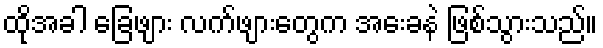
ထိုအခါ ခြေဖျား လက်ဖျားတွေက အေးခနဲ ဖြစ်သွားသည်။